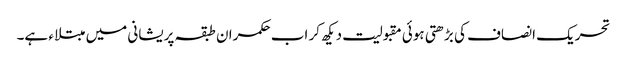
تحریک انصاف کی بڑھتی ہوئی مقبولیت دیکھ کر اب حکمران طبقہ پریشانی میں مبتلاء ہے۔